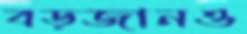
বড়জানও